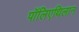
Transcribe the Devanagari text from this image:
पॉलिएथिलान